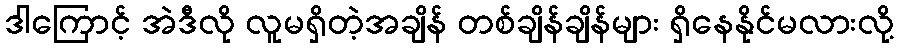
ဒါကြောင့် အဲဒီလို လူမရှိတဲ့အချိန် တစ်ချိန်ချိန်များ ရှိနေနိုင်မလားလို့